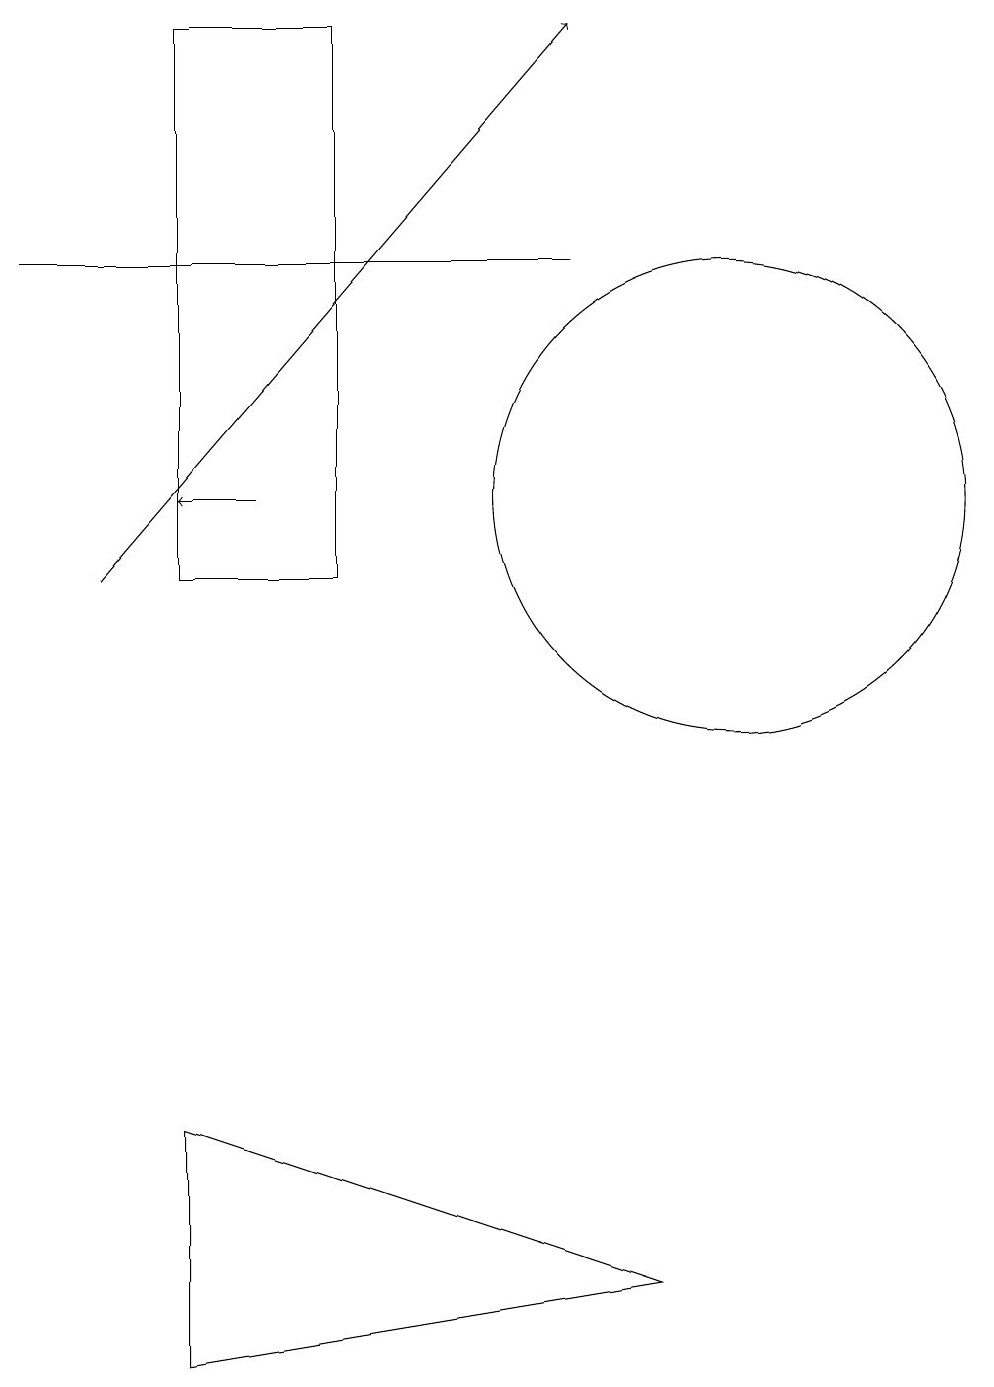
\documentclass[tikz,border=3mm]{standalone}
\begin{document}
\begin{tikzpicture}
\draw (10,11) circle (3);
\draw (3,17) rectangle (5,10);
\draw[->] (2,10) -- (8,17);
\draw[->] (4,11) -- (3,11);
\draw (3,3) -- (9,1) -- (3,0) -- cycle;
\draw (1,14) rectangle (8,14);
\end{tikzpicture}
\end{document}